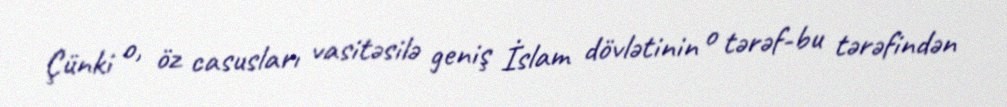
Çünki o, öz casusları vasitəsilə geniş İslam dövlətinin o tərəf-bu tərəfindən